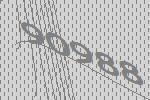
90988